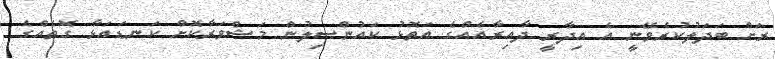
ރަށް ބަދަލުކުރެވޭނީ އެ އިދާރީ ދާއިރާއެއްގެ އަތޮޅު ކައުންސިލުން މަޝްވަރާކޮށް ކަނޑައަޅާ ގޮތެއްގެ